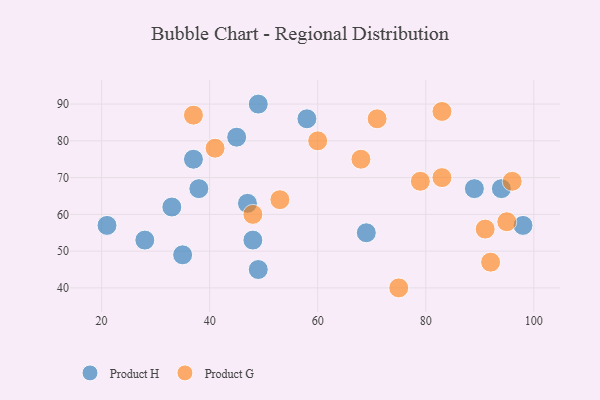
{"axis": {"x": "GDP", "y": "Life Expectancy"}, "legend": ["Product G", "Product H"], "data": [{"x": "21", "y": 57, "type": "Product H"}, {"x": "89", "y": 67, "type": "Product H"}, {"x": "94", "y": 67, "type": "Product H"}, {"x": "35", "y": 49, "type": "Product H"}, {"x": "47", "y": 63, "type": "Product H"}, {"x": "49", "y": 90, "type": "Product H"}, {"x": "37", "y": 75, "type": "Product H"}, {"x": "69", "y": 55, "type": "Product H"}, {"x": "48", "y": 53, "type": "Product H"}, {"x": "58", "y": 86, "type": "Product H"}, {"x": "45", "y": 81, "type": "Product H"}, {"x": "49", "y": 45, "type": "Product H"}, {"x": "28", "y": 53, "type": "Product H"}, {"x": "98", "y": 57, "type": "Product H"}, {"x": "38", "y": 67, "type": "Product H"}, {"x": "33", "y": 62, "type": "Product H"}, {"x": "71", "y": 86, "type": "Product G"}, {"x": "37", "y": 87, "type": "Product G"}, {"x": "96", "y": 69, "type": "Product G"}, {"x": "95", "y": 58, "type": "Product G"}, {"x": "53", "y": 64, "type": "Product G"}, {"x": "79", "y": 69, "type": "Product G"}, {"x": "48", "y": 60, "type": "Product G"}, {"x": "60", "y": 80, "type": "Product G"}, {"x": "91", "y": 56, "type": "Product G"}, {"x": "92", "y": 47, "type": "Product G"}, {"x": "75", "y": 40, "type": "Product G"}, {"x": "41", "y": 78, "type": "Product G"}, {"x": "68", "y": 75, "type": "Product G"}, {"x": "83", "y": 70, "type": "Product G"}, {"x": "83", "y": 88, "type": "Product G"}]}